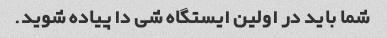
شما باید در اولین ایستگاه شی دا پیاده شوید.